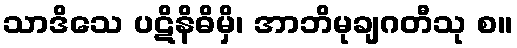
သာဒိသေ ပဋိနိဓိမှိ၊ အာဘိမုချဂတီသု စ။